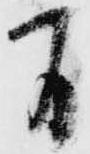
間